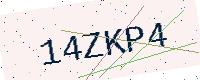
Text: 14ZKP4